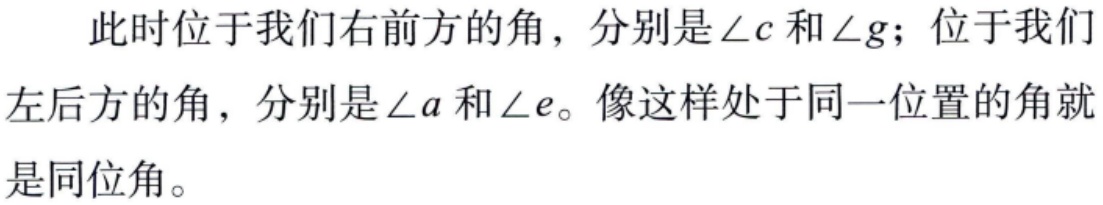
此时位于我们右前方的角，分别是\(\angle c\)和\(\angle g\)；位于我们左后方的角，分别是\(\angle a\)和\(\angle e\)。像这样处于同一位置的角就是同位角。